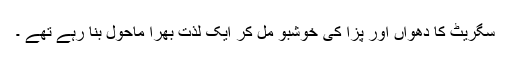
سگریٹ کا دھواں اور پِزا کی خوشبو مل کر ایک لذت بھرا ماحول بنا رہے تھے ۔